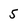
Character: 5